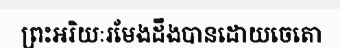
ព្រះអរិយៈរមែងដឹងបានដោយចេតោ